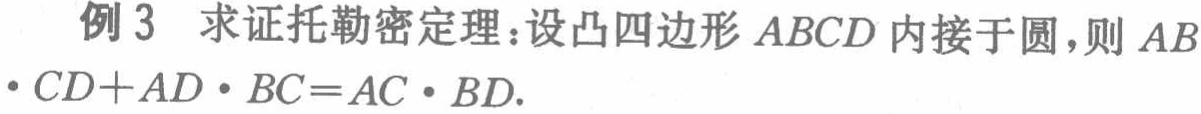
例3 求证托勒密定理：设凸四边形 \(ABCD\) 内接于圆，则 \(AB\cdot CD + AD\cdot BC=AC\cdot BD\).